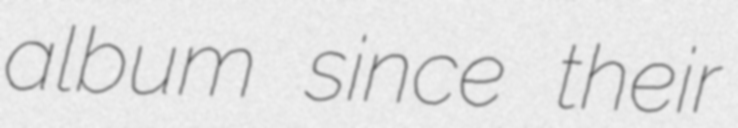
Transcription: album since their